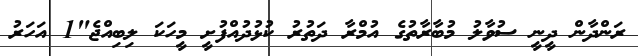
ރަންދާން ދީނީ ސުވާލު މުބާރާތުގެ އުމްރާ ދަތުރު ކުޅުދުއްފުށީ މީހަކަ ލިބިއްޖެ"1 އަހަރު